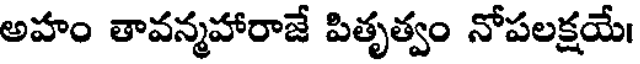
అహం తావన్మహారాజే పితృత్వం నోపలక్షయే।